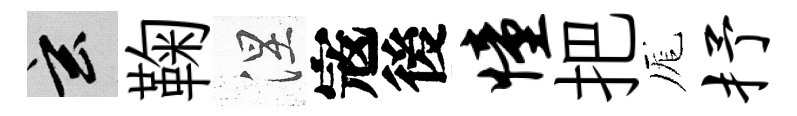
玄鞠涅𡨥後憧把厖抒